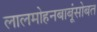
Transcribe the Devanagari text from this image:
लालमोहनबाबूंसोबत